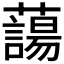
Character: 𮒲